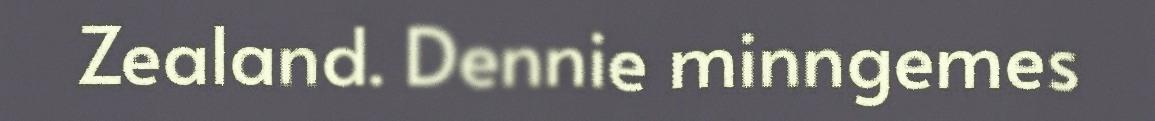
Zealand. Dennie minngemes